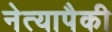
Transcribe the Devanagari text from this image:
नेत्यापैकी